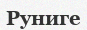
Руниге